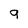
Character: q